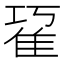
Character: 𨾢